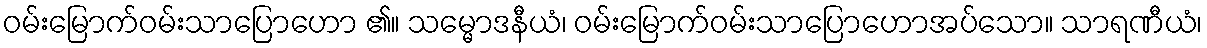
ဝမ်းမြောက်ဝမ်းသာပြောဟော ၏။ သမ္မောဒနီယံ၊ ဝမ်းမြောက်ဝမ်းသာပြောဟောအပ်သော။ သာရဏီယံ၊